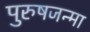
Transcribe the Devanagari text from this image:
पुरुषजन्मा